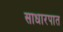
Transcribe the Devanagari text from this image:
साधारपात